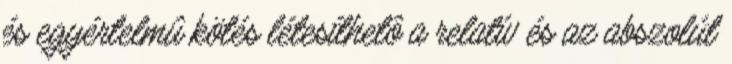
és egyértelmû kötés létesíthetô a relatív és az abszolút